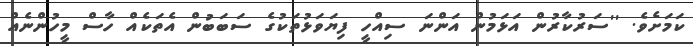
ކަމަށެވެ. ''ސަރުކާރުން އަޅަމުން އަންނަ ސިއްހީ ފިޔަވަޅުތަކުގެ ސަބަބުން އެތަކެއް ހާސް މީހުންނެއް